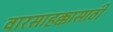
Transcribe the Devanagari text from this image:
वारसाहक्कासाठी